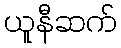
ယူနီဆက်